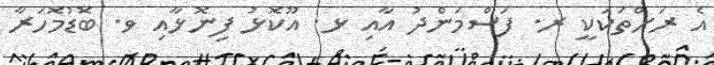
އެ ރަށްތަކަކީ ރ. ފަސްމަންދު އާއި ޅ. އޫކޮޅު ފިނޮޅާއި ވ. ބޮޑުމޮހަރާ